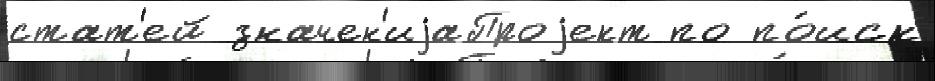
стат'ей значен'иjаПроjект по по́иск